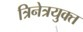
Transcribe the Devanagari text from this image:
त्रिनेत्रयुक्त